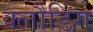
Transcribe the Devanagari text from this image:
क्लौडिंग